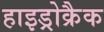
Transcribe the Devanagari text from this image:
हाइड्रोक्रैक